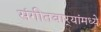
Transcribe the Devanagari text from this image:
संगीतबार्‍यांमध्ये